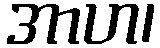
အာဟ၊